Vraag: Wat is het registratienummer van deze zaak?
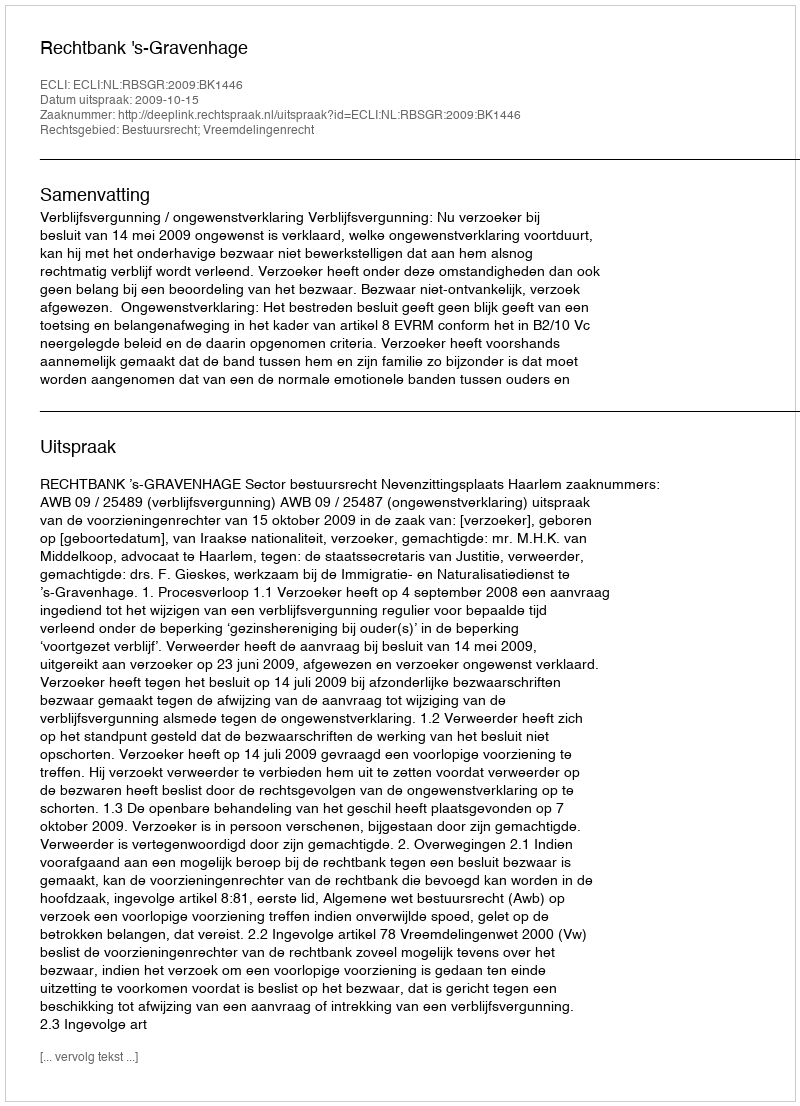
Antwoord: http://deeplink.rechtspraak.nl/uitspraak?id=ECLI:NL:RBSGR:2009:BK1446